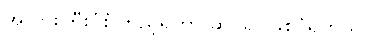
အဘွားကြီးပုံစံကြည့်ရတာ ဆိုင်ရှင်ဖြစ်ပုံရတယ်။